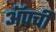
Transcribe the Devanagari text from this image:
ॲपची